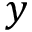
y